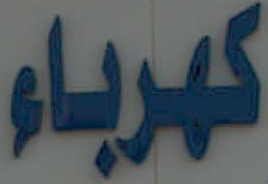
كهرباء